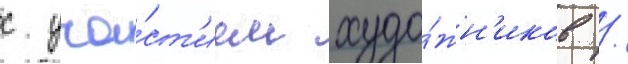
с уча́ст'ием худо́жн'иков /